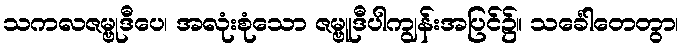
သကလဇမ္ဗုဒီပေ၊ အလုံးစုံသော ဇမ္ဗူဒီပါကျွန်းအပြင်၌။ သင်္ခေါတေတွာ၊